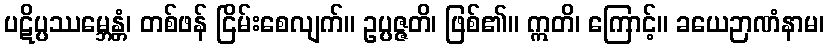
ပဋိပ္ပဿမ္ဘေန္တံ၊ တစ်ဖန် ငြိမ်းစေလျက်။ ဥပ္ပဇ္ဇတိ၊ ဖြစ်၏။ ဣတိ၊ ကြောင့်။ ခယေဉာဏံနာမ၊